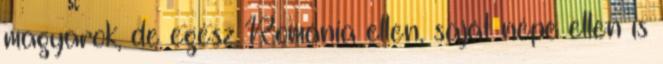
magyarok, de egész Románia ellen, saját népe ellen is